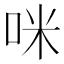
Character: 咪